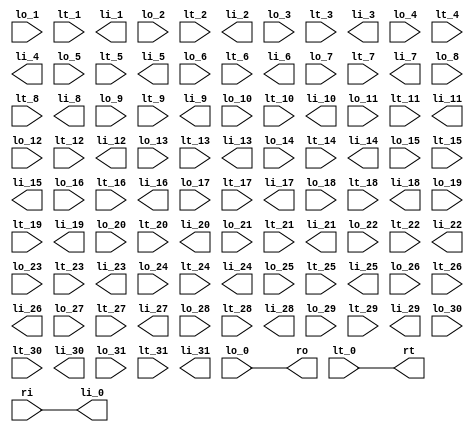
module io_concat #(
    parameter C_NUM_OF_PIN = 1
) (
    input lo_0,
    input lt_0,
    output li_0,

    input lo_1,
    input lt_1,
    output li_1,

    input lo_2,
    input lt_2,
    output li_2,

    input lo_3,
    input lt_3,
    output li_3,

    input lo_4,
    input lt_4,
    output li_4,

    input lo_5,
    input lt_5,
    output li_5,

    input lo_6,
    input lt_6,
    output li_6,

    input lo_7,
    input lt_7,
    output li_7,

    input lo_8,
    input lt_8,
    output li_8,

    input lo_9,
    input lt_9,
    output li_9,

    input lo_10,
    input lt_10,
    output li_10,

    input lo_11,
    input lt_11,
    output li_11,

    input lo_12,
    input lt_12,
    output li_12,

    input lo_13,
    input lt_13,
    output li_13,

    input lo_14,
    input lt_14,
    output li_14,

    input lo_15,
    input lt_15,
    output li_15,

    input lo_16,
    input lt_16,
    output li_16,

    input lo_17,
    input lt_17,
    output li_17,

    input lo_18,
    input lt_18,
    output li_18,

    input lo_19,
    input lt_19,
    output li_19,

    input lo_20,
    input lt_20,
    output li_20,

    input lo_21,
    input lt_21,
    output li_21,

    input lo_22,
    input lt_22,
    output li_22,

    input lo_22,
    input lt_22,
    output li_22,

    input lo_23,
    input lt_23,
    output li_23,

    input lo_24,
    input lt_24,
    output li_24,

    input lo_25,
    input lt_25,
    output li_25,

    input lo_26,
    input lt_26,
    output li_26,

    input lo_27,
    input lt_27,
    output li_27,

    input lo_28,
    input lt_28,
    output li_28,

    input lo_29,
    input lt_29,
    output li_29,

    input lo_30,
    input lt_30,
    output li_30,

    input lo_31,
    input lt_31,
    output li_31,

    output [C_NUM_OF_PIN-1:0] ro,
    output [C_NUM_OF_PIN-1:0] rt,
    input [C_NUM_OF_PIN-1:0] ri
);

wire [31:0] ro_tmp;
wire [31:0] rt_tmp;
wire [31:0] ri_tmp;

assign ro = ro_tmp[C_NUM_OF_PIN-1:0];
assign rt = rt_tmp[C_NUM_OF_PIN-1:0];
assign ri_tmp[C_NUM_OF_PIN-1:0] = ri;
    
    assign ro_tmp = {
        lo_31,
        lo_30,
        lo_29,
        lo_28,
        lo_27,
        lo_26,
        lo_25,
        lo_24,
        lo_23,
        lo_22,
        lo_21,
        lo_20,
        lo_19,
        lo_18,
        lo_17,
        lo_16,
        lo_15,
        lo_14,
        lo_13,
        lo_12,
        lo_11,
        lo_10,
        lo_9,
        lo_8,
        lo_7,
        lo_6,
        lo_5,
        lo_4,
        lo_3,
        lo_2,
        lo_1,
        lo_0

    };

    assign rt_tmp = {
        lt_31,
        lt_30,
        lt_29,
        lt_28,
        lt_27,
        lt_26,
        lt_25,
        lt_24,
        lt_23,
        lt_22,
        lt_21,
        lt_20,
        lt_19,
        lt_18,
        lt_17,
        lt_16,
        lt_15,
        lt_14,
        lt_13,
        lt_12,
        lt_11,
        lt_10,
        lt_9,
        lt_8,
        lt_7,
        lt_6,
        lt_5,
        lt_4,
        lt_3,
        lt_2,
        lt_1,
        lt_0
    };

    assign li_0 = ri_tmp[0];
    assign li_1 = ri_tmp[1];
    assign li_2 = ri_tmp[2];
    assign li_3 = ri_tmp[3];
    assign li_4 = ri_tmp[4];
    assign li_5 = ri_tmp[5];
    assign li_6 = ri_tmp[6];
    assign li_7 = ri_tmp[7];
    assign li_8 = ri_tmp[8];
    assign li_9 = ri_tmp[9];
    assign li_10 = ri_tmp[10];
    assign li_11= ri_tmp[11];
    assign li_12= ri_tmp[12];
    assign li_13= ri_tmp[13];
    assign li_14= ri_tmp[14];
    assign li_15= ri_tmp[15];
    assign li_16= ri_tmp[16];
    assign li_17= ri_tmp[17];
    assign li_18= ri_tmp[18];
    assign li_19= ri_tmp[19];
    assign li_20 = ri_tmp[20];
    assign li_21= ri_tmp[21];
    assign li_22= ri_tmp[22];
    assign li_23= ri_tmp[23];
    assign li_24= ri_tmp[24];
    assign li_25= ri_tmp[25];
    assign li_26= ri_tmp[26];
    assign li_27= ri_tmp[27];
    assign li_28= ri_tmp[28];
    assign li_29= ri_tmp[29];
    assign li_30 = ri_tmp[30];
    assign li_31 = ri_tmp[31];

endmodule